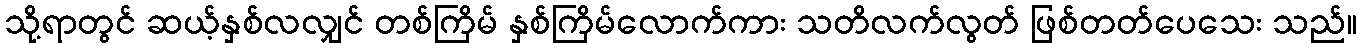
သို့ရာတွင် ဆယ့်နှစ်လလျှင် တစ်ကြိမ် နှစ်ကြိမ်လောက်ကား သတိလက်လွတ် ဖြစ်တတ်ပေသေး သည်။